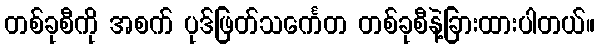
တစ်ခုစီကို အစက် ပုဒ်ဖြတ်သင်္ကေတ တစ်ခုစီနဲ့ခြားထားပါတယ်။